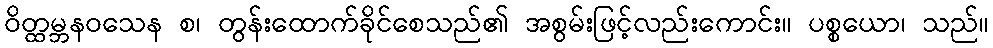
ဝိတ္ထမ္ဘနဝသေန စ၊ တွန်းထောက်ခိုင်စေသည်၏ အစွမ်းဖြင့်လည်းကောင်း။ ပစ္စယော၊ သည်။